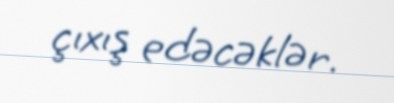
çıxış edəcəklər.